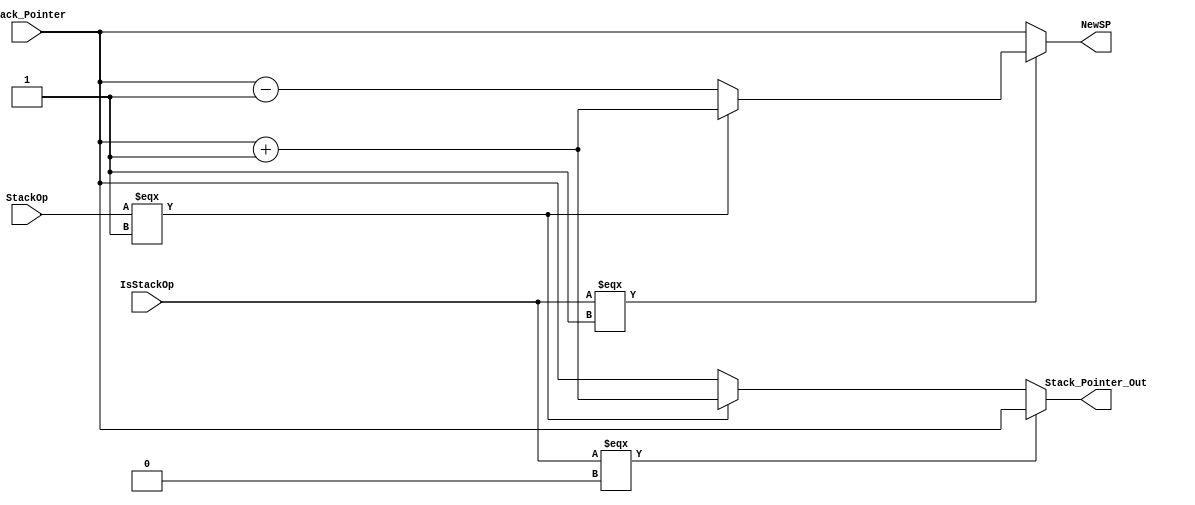
module Handle_Stack (
    Stack_Pointer,IsStackOp,StackOp,Stack_Pointer_Out,NewSP
);
    input [31:0] Stack_Pointer;
    input IsStackOp,StackOp;
    output [31:0]Stack_Pointer_Out;
    output [31:0]NewSP ;
    
    assign Stack_Pointer_Out=(IsStackOp===1'b0)?Stack_Pointer:(StackOp===1'b1)?Stack_Pointer+32'd1:Stack_Pointer;
    assign NewSP=(IsStackOp===1'b1)?(StackOp===1'b1)?Stack_Pointer+32'd1:Stack_Pointer-32'd1:Stack_Pointer;
    
endmodule